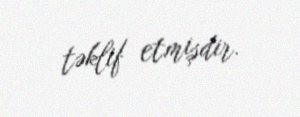
təklif etmişdir.